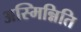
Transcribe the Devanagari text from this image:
अस्मिन्निति